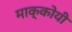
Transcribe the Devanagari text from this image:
माक्कोयी